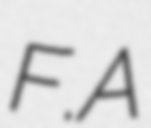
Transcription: F.A